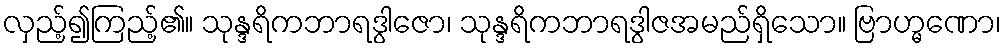
လှည့်၍ကြည့်၏။ သုန္ဒရိကဘာရဒွါဇော၊ သုန္ဒရိကဘာရဒွါဇအမည်ရှိသော။ ဗြာဟ္မဏော၊